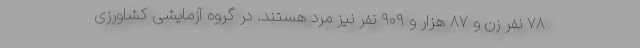
۷۸ نفر زن و ۸۷ هزار و ۹۰۹ نفر نیز مرد هستند. در گروه آزمایشی کشاورزی